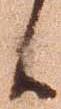
候